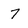
Character: 7